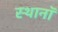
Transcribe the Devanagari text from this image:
स्थानॉ